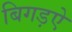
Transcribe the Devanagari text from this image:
बिगड़ऐ